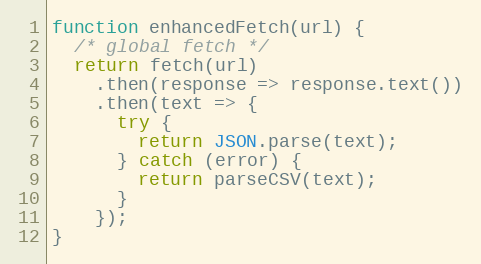
Language: JavaScript
function enhancedFetch(url) {
  /* global fetch */
  return fetch(url)
    .then(response => response.text())
    .then(text => {
      try {
        return JSON.parse(text);
      } catch (error) {
        return parseCSV(text);
      }
    });
}